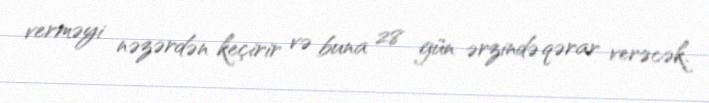
verməyi nəzərdən keçirir və buna 28 gün ərzində qərar verəcək.